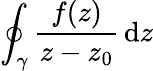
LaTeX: \oint_{\gamma}\frac{f(z)}{z-z_{0}}\, \mathrm{d}z